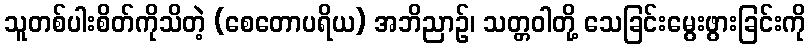
သူတစ်ပါးစိတ်ကိုသိတဲ့ (စေတောပရိယ) အဘိညာဉ်၊ သတ္တဝါတို့ သေခြင်းမွေးဖွားခြင်းကို